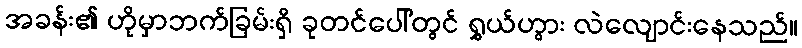
အခန်း၏ ဟိုမှာဘက်ခြမ်းရှိ ခုတင်ပေါ်တွင် ရွှယ်ဟွား လဲလျောင်းနေသည်။